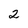
Character: 2